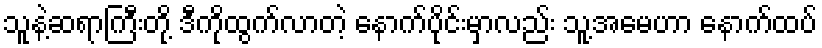
သူနဲ့ဆရာကြီးတို့ ဒီကိုထွက်လာတဲ့ နောက်ပိုင်းမှာလည်း သူ့အမေဟာ နောက်ထပ်